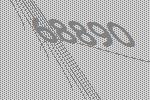
68890